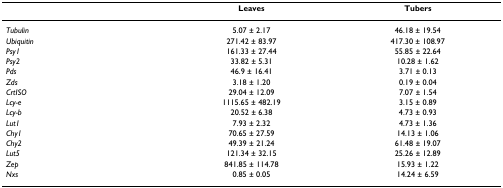
<table><thead><tr><td></td><td><b>Leaves</b></td><td><b>Tubers</b></td></tr></thead><tbody><tr><td><i>Tubulin</i></td><td>5.07 ± 2.17</td><td>46.18 ± 19.54</td></tr><tr><td><i>Ubiquitin</i></td><td>271.42 ± 83.97</td><td>417.30 ± 108.97</td></tr><tr><td><i>Psy1</i></td><td>161.33 ± 27.44</td><td>55.85 ± 22.64</td></tr><tr><td><i>Psy2</i></td><td>33.82 ± 5.31</td><td>10.28 ± 1.62</td></tr><tr><td><i>Pds</i></td><td>46.9 ± 16.41</td><td>3.71 ± 0.13</td></tr><tr><td><i>Zds</i></td><td>3.18 ± 1.20</td><td>0.19 ± 0.04</td></tr><tr><td><i>CrtISO</i></td><td>29.04 ± 12.09</td><td>7.07 ± 1.54</td></tr><tr><td><i>Lcy-e</i></td><td>1115.65 ± 482.19</td><td>3.15 ± 0.89</td></tr><tr><td><i>Lcy-b</i></td><td>20.52 ± 6.38</td><td>4.73 ± 0.93</td></tr><tr><td><i>Lut1</i></td><td>7.93 ± 2.32</td><td>4.73 ± 1.36</td></tr><tr><td><i>Chy1</i></td><td>70.65 ± 27.59</td><td>14.13 ± 1.06</td></tr><tr><td><i>Chy2</i></td><td>49.39 ± 21.24</td><td>61.48 ± 19.07</td></tr><tr><td><i>Lut5</i></td><td>121.34 ± 32.15</td><td>25.26 ± 12.89</td></tr><tr><td><i>Zep</i></td><td>841.85 ± 114.78</td><td>15.93 ± 1.22</td></tr><tr><td><i>Nxs</i></td><td>0.85 ± 0.05</td><td>14.24 ± 6.59</td></tr></tbody></table>